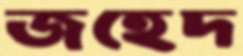
জহেদ